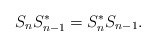
\begin{align*}S_{n}S_{n-1}^{*}=S_{n}^{*}S_{n-1}.\end{align*}